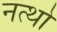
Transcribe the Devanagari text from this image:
नत्थो